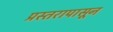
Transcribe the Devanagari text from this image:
प्रस्तरापासून